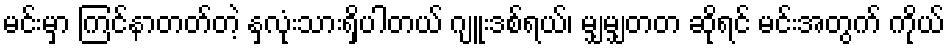
မင်းမှာ ကြင်နာတတ်တဲ့ နှလုံးသားရှိပါတယ် ဂျူးဒစ်ရယ်၊ မျှမျှတတ ဆိုရင် မင်းအတွက် ကိုယ်